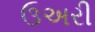
ઉઅરી